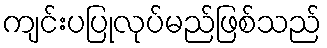
ကျင်းပပြုလုပ်မည်ဖြစ်သည်